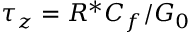
\tau _ { z } = R ^ { * } C _ { f } / G _ { 0 }